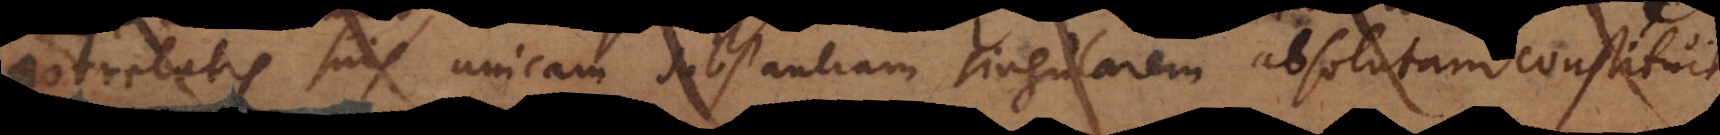
orrelatis suis unicam substantiam singularem absolutam constituit